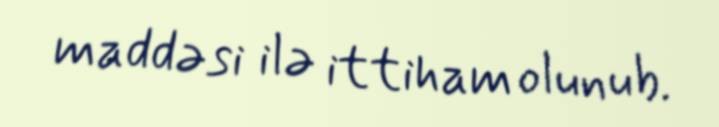
maddəsi ilə ittiham olunub.